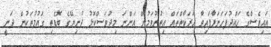
އައިއެސްގެ ހައްދުފަހަނަޅާފައިވާ ހަރަކާތްތައް އިތުރުވަމުން އަންނަ މިދުވަސްކޮޅު ދުނިޔޭގެ ބޮޑެތި ގައުމުތަކުން ދަނީ